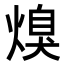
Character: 𭵩